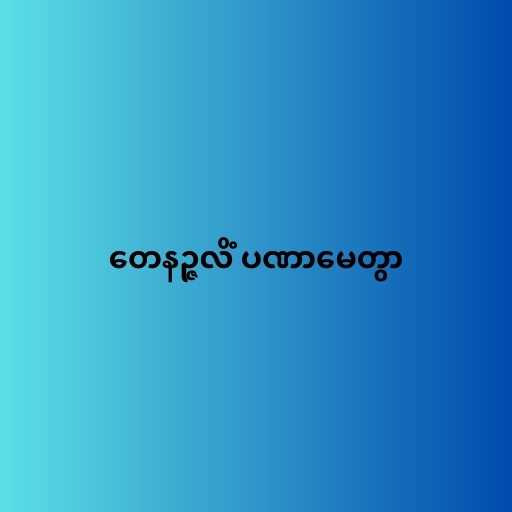
တေနဉ္ဇလိံ ပဏာမေတွာ